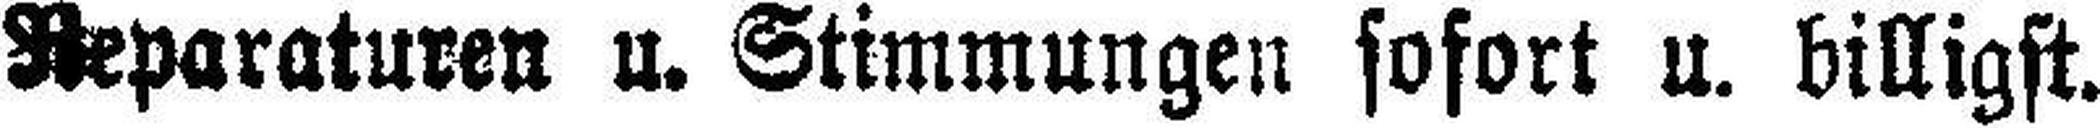
Reparaturen u. Stimmungen sofort u. billigst.